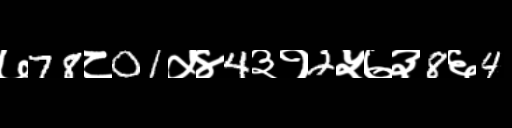
Text: ७78८01५४4३१2५७३8६4